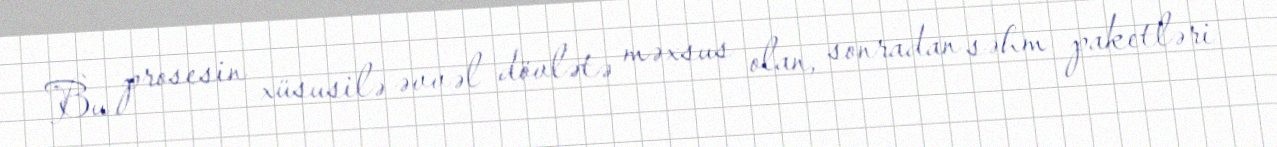
Bu prosesin xüsusilə əvvəl dövlətə məxsus olan, sonradan səhm paketləri